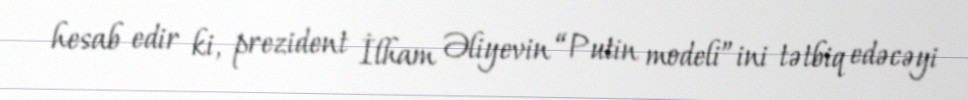
hesab edir ki, prezident İlham Əliyevin “Putin modeli”ini tətbiq edəcəyi